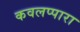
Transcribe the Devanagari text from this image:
कवलप्पारा